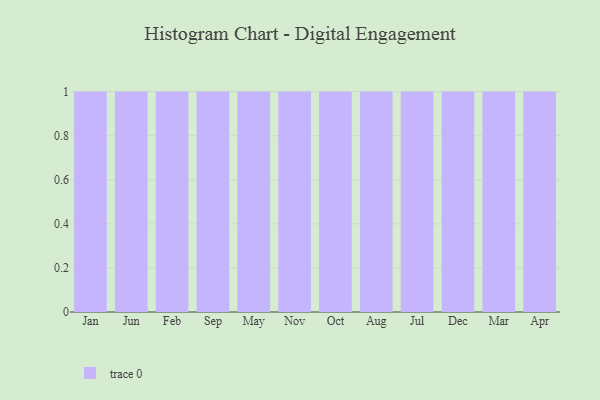
{"axis": {"x": "Month", "y": "Budget (USD K)"}, "legend": [""], "data": [{"x": "Jan", "y": 61, "type": ""}, {"x": "Jun", "y": 6, "type": ""}, {"x": "Feb", "y": 59, "type": ""}, {"x": "Sep", "y": 29, "type": ""}, {"x": "May", "y": 85, "type": ""}, {"x": "Nov", "y": 72, "type": ""}, {"x": "Oct", "y": 78, "type": ""}, {"x": "Aug", "y": 39, "type": ""}, {"x": "Jul", "y": 41, "type": ""}, {"x": "Dec", "y": 24, "type": ""}, {"x": "Mar", "y": 6, "type": ""}, {"x": "Apr", "y": 90, "type": ""}]}